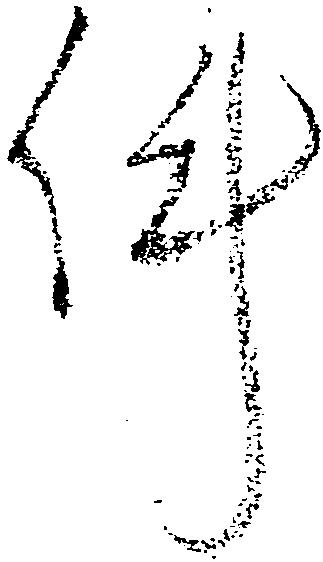
件